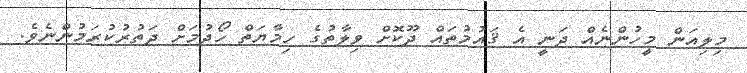
މިލިއަން މީހުންނެއް ދަނީ އެ ޤައުމުތައް ދޫކޮށް ވިލާތުގެ ހިމާޔަތް ހޯދުމަށް ދަތުރުކުރަމުންނެވެ.